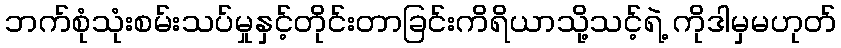
ဘက်စုံသုံးစမ်းသပ်မှုနှင့်တိုင်းတာခြင်းကိရိယာသို့သင့်ရဲ့ ကိုဒါမှမဟုတ်